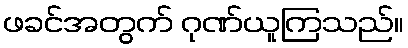
ဖခင်အတွက် ဂုဏ်ယူကြသည်။